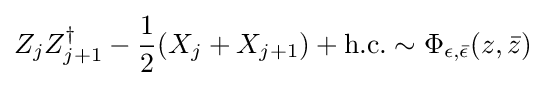
Z_{j}Z_{j+1}^{\dagger }-{\frac {1}{2}}(X_{j}+X_{j+1})+{\textrm {h.c.}}\sim \Phi _{\epsilon ,{\bar {\epsilon }}}(z,{\bar {z}})